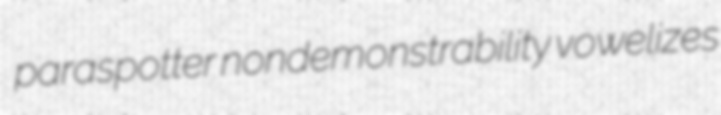
paraspotter nondemonstrability vowelizes